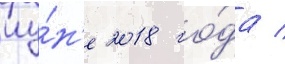
иу́н'е 2018 го́да /